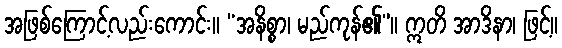
အဖြစ်ကြောင့်လည်းကောင်း။ “အနိစ္စာ၊ မည်ကုန်၏”။ ဣတိ အာဒိနာ၊ ဖြင့်။